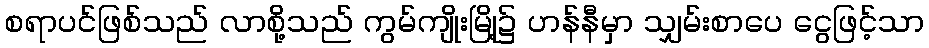
စရာပင်ဖြစ်သည် လာစို့သည် ကွမ်ကျိုးမြို့၌ ဟန်နီမှာ သျှမ်းစာပေ ငွေဖြင့်သာ